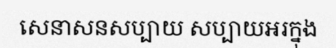
សេនាសនសប្បាយ សប្បាយអរក្នុង